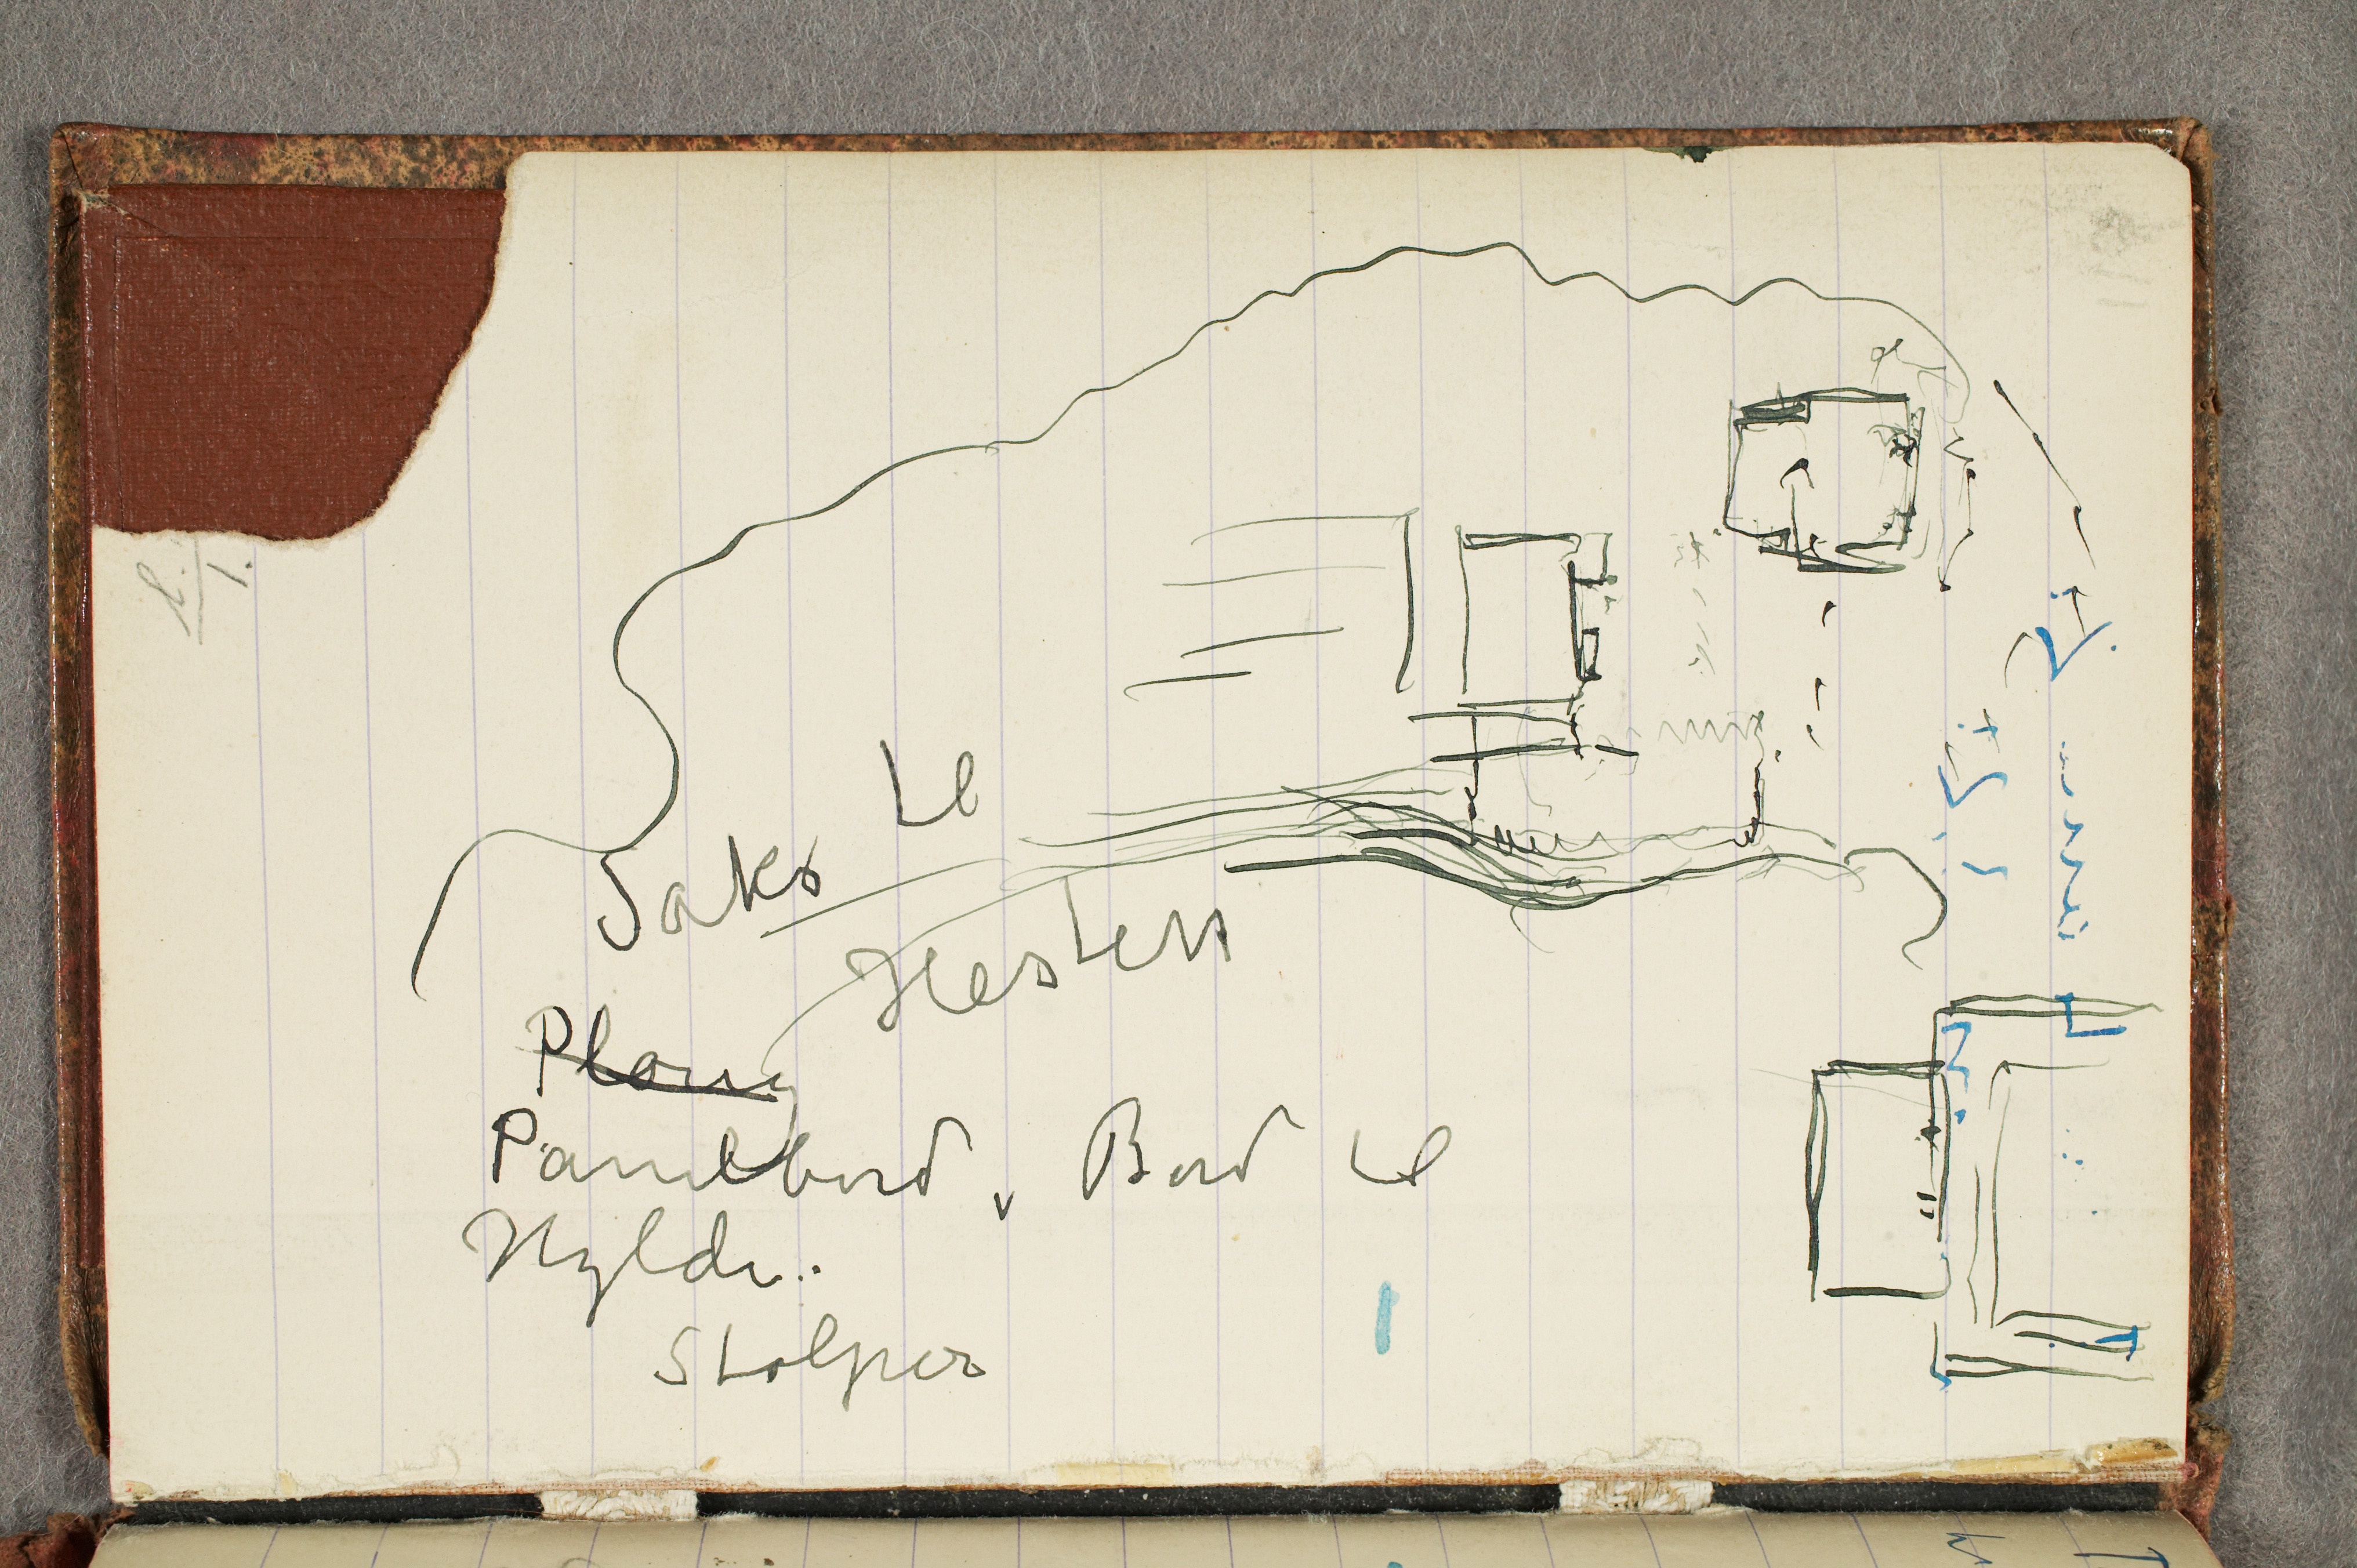
Saks til
Hesten
Ploug
Panelbord, Bord til
Hylder
Stolper